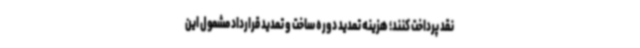
نقد پرداخت کنند؛ هزینه تمدید دوره ساخت و تمدید قرارداد مشمول این